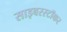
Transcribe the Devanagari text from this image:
साइबरस्टॉकर